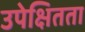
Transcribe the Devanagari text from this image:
उपेक्षितता